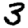
Digit: 3